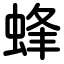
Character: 蜂